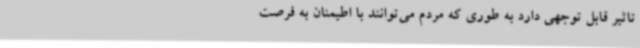
تاثیر قابل توجهی دارد به طوری که مردم می‌توانند با اطیمنان به فرصت